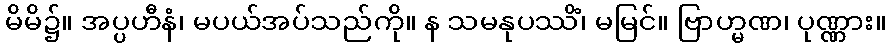
မိမိ၌။ အပ္ပဟီနံ၊ မပယ်အပ်သည်ကို။ န သမနုပဿိံ၊ မမြင်။ ဗြာဟ္မဏ၊ ပုဏ္ဏား။